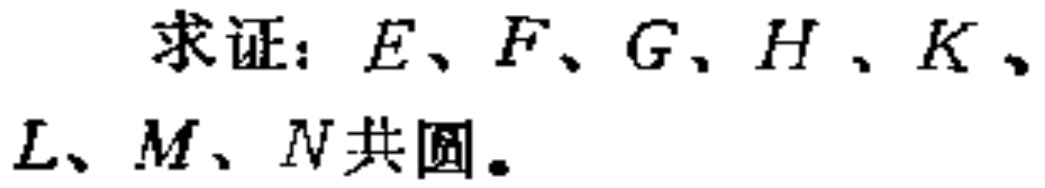
求证：\(E、F、G、H、K、L、M、N\)共圆。